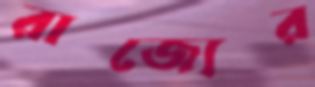
রাজ্যের